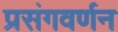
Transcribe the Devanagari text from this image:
प्रसंगवर्णन